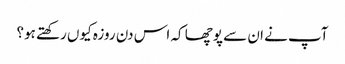
آپ نے ان سے پوچھا کہ اس دن روزہ کیوں رکھتے ہو؟